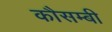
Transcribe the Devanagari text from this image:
कौसम्बी